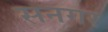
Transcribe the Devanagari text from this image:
सनगर